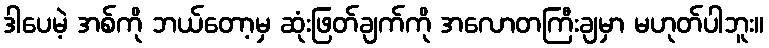
ဒါပေမဲ့ အစ်ကို ဘယ်တော့မှ ဆုံးဖြတ်ချက်ကို အလောတကြီးချမှာ မဟုတ်ပါဘူး။